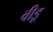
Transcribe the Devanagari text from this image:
वीडू